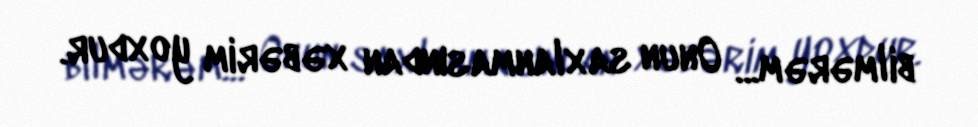
bilmərəm... Onun saxlanmasından xəbərim yoxdur.